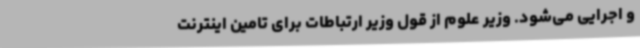
و اجرایی می‌شود. وزیر علوم از قول وزیر ارتباطات برای تامین اینترنت